Materia medica of Madras volume I
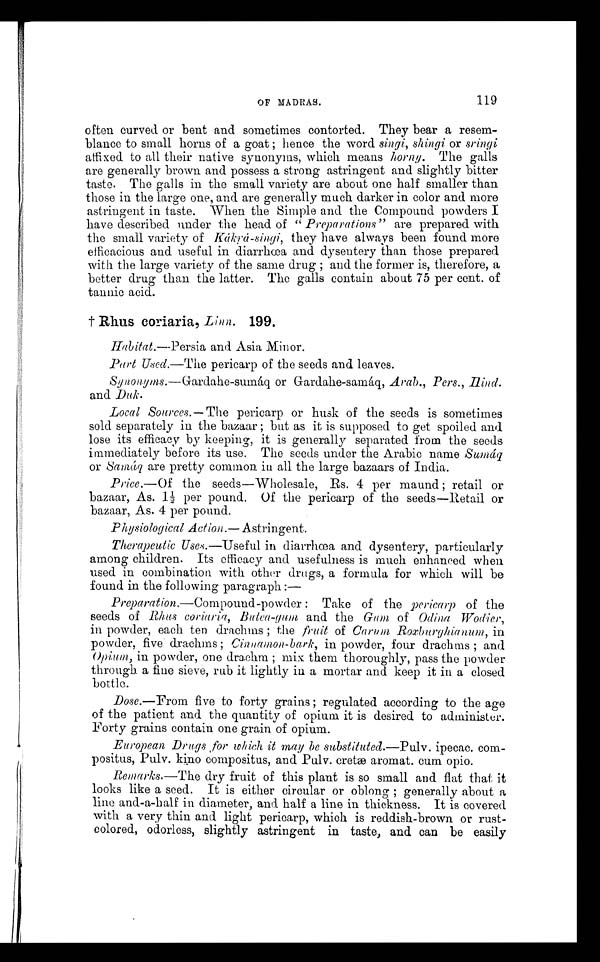
O F M A D R A S .
119
often curved or bent and sometimes contorted. They bear a resem-
blance to small horns of a goat ; hence the word singi, shingi or sringi
affixed to all their native synonyms, which means horny. The galls
are generally brown and possess a strong astringent and slightly bitter
taste. The galls in the small variety are about one half smaller than
those in the large one, and are generally much darker in color and more
astringent in taste. When the Simple and the Compound powders I
have described under the head of "Preparations" are prepared with
the small variety of Kákŗá-singi, they have always been found more
efficacious and useful in diarrhœa and dysentery than those prepared
with the large variety of the same drug ; and the former is, therefore, a
better drug than the latter. The galls contain about 75 per cent. of
tannic acid.
† R h u s c o r i a r i a ,
L i n n .
1 9 9 .
H a b i t a t . —
P e r s i a
a n d A s i a M i n o r .
Part Used. —The pericarp of the seeds and leaves.
Synonyms.— Gardahe-sumáq or Gardahe-samáq, Arab., Pers., Hind.
and Duk.
Local Sources.—The pericarp or husk of the seeds is sometimes
sold separately in the bazaar ; but as it is supposed to get spoiled and
lose its efficacy by keeping, it is generally separated from the seeds
immediately before its use. The seeds under the Arabic name S u m á q
or Samáq are pretty common in all the large bazaars of India.
Price.— Of the seeds—Wholesale, Rs. 4 per maund ; retail or
bazaar, As. 1½ per pound. Of the pericarp of the seeds—Retail or
bazaar, As. 4 per pound.
Physiological Action.— Astringent.
Therapeutic Uses.—Useful in diarrhœa and dysentery, particularly
among children. Its efficacy and usefulness is much enhanced when
used in combination with other drugs, a formula for which will be
found in the following paragraph :
—
Preparation .—Compound-powder : Take of the pericarp of the
seeds of Rhus coriaria, Butea-gum and the Gum of Odina
in powder, each ten drachms ; the fruit of Carum Roxburghianum, in
powder, five drachms ; Cinnainon-bark, in powder, four drachms ; and
Opium, in powder, one drachm ; mix them thoroughly, pass the powder
through a fine sieve, rub it lightly in a mortar and keep it in a closed
bottle.
Dose .—From five to forty grains ; regulated according to the age
of the patient and the quantity of opium it is desired to administer.
Forty grains contain one grain of opium.
European Drugs for which it may he substituted.— Pulv . ipecac. com-
positus, Pulv. kino compositus, and Pulv. cretæ aromat. cum opio.
Remarks.—The dry fruit of this plant is so small and flat that it
looks like a seed. It is either circular or oblong ; generally about a
line and-a-half in diameter, and half a line in thickness. It is covered
with a very thin and light pericarp, which is reddish-brown or rust-
colored, odorless, slightly astringent in taste, and can be easily
1